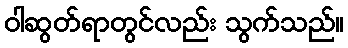
ဝါဆွတ်ရာတွင်လည်း သွက်သည်။